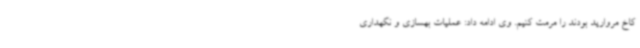
کاخ مروارید بودند را مرمت کنیم. وی ادامه داد: عملیات بهسازی و نگهداری